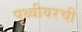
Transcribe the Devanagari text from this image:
पृथ्वीवरची